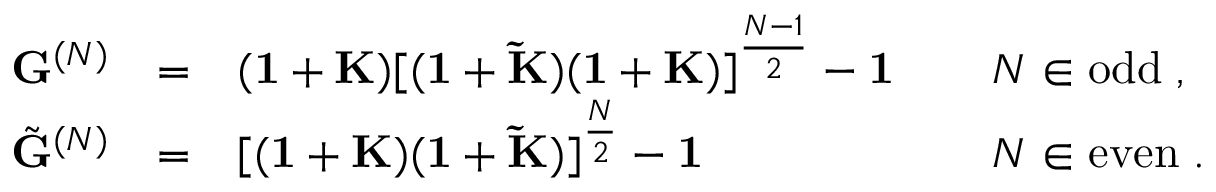
\begin{array} { l l l l } { { { \bf G } ^ { ( N ) } } } & { { = } } & { { ( { \bf 1 } + { \bf K } ) [ ( { \bf 1 } + { \bf \tilde { K } } ) ( { \bf 1 } + { \bf K } ) ] ^ { \frac { N - 1 } { 2 } } - { \bf 1 } \; \; \; } } & { { \; N \in \mathrm { o d d } \; , } } \\ { { \tilde { { \bf G } } ^ { ( N ) } } } & { { = } } & { { [ ( { \bf 1 } + { \bf K } ) ( { \bf 1 } + { \bf \tilde { K } } ) ] ^ { \frac { N } { 2 } } - { \bf 1 } \; \; \; } } & { { \; N \in \mathrm { e v e n } \; . } } \end{array}